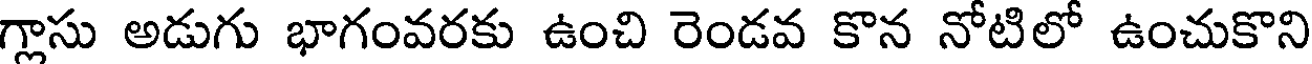
గ్లాసు అడుగు భాగంవరకు ఉంచి రెండవ కొన నోటిలో ఉంచుకొని